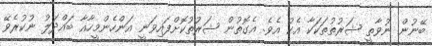
ބޭނުން ނުވާތީ ޝަރުތުތަކަކާ އެކު އެވެ. އެގޮތުން ޝަރުތުކޮށްފައިވަނީ އަންހެންމީހާއާ ބައްދަލު ނުކުރެވޭ